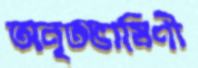
অনৃতভাষিণী